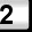
Digit: 2